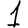
Digit: 1